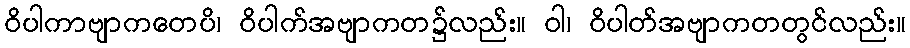
ဝိပါကာဗျာကတေပိ၊ ဝိပါက်အဗျာကတ၌လည်း။ ဝါ၊ ဝိပါတ်အဗျာကတတွင်လည်း။